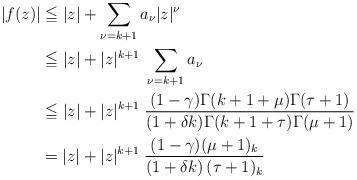
LaTeX: \begin{align*}|f(z)|&\leqq |z| + \sum_{\nu=k+1} a_{\nu} |z|^{\nu} \\& \leqq |z| + |z|^{k+1}\; \sum_{\nu=k+1} a_{\nu} \\& \leqq |z| + |z|^{k+1}\;\dfrac{(1- \gamma) \Gamma(k+1+\mu)\Gamma(\tau+1)}{(1+\delta k) \Gamma(k+1+\tau) \Gamma(\mu+1)} \\&= |z| + |z|^{k+1}\;\dfrac{(1- \gamma) (\mu+1)_{k}}{(1+\delta k) \,(\tau+1)_{k}}\end{align*}